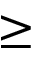
\ge